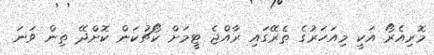
މޮރިއެރޯ އަކީ މިއަހަރުގެ ތެރޭގައި ރާއްޖެ ޓީމަށް ކޯޗުކަން ކޮށްދޭ ތިން ވަނަ